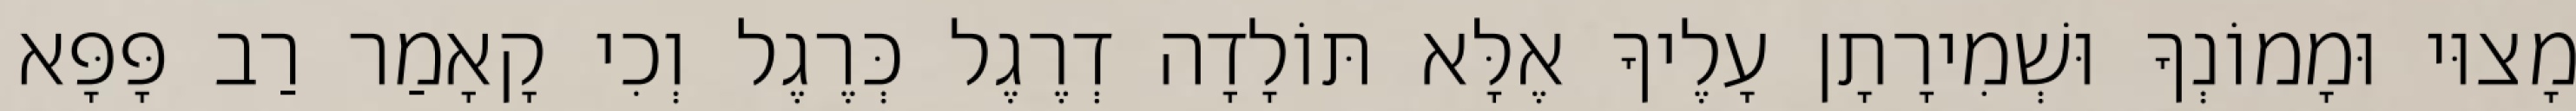
מָצוּי וּמָמוֹנְךָ וּשְׁמִירָתָן עָלֶיךָ אֶלָּא תּוֹלָדָה דְרֶגֶל כְּרֶגֶל וְכִי קָאָמַר רַב פָּפָּא